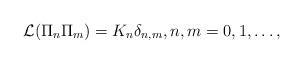
LaTeX: \begin{gather*}\mathcal{L} ( \Pi_{n}\Pi_{m} ) =K_{n}\delta_{n,m},n,m=0,1,\ldots,\end{gather*}